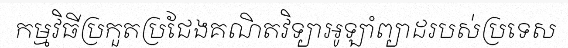
កម្មវិធីប្រកួតប្រជែងគណិតវិទ្យាអូឡាំព្យាដរបស់ប្រទេស